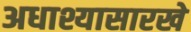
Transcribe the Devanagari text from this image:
अधाश्यासारखे